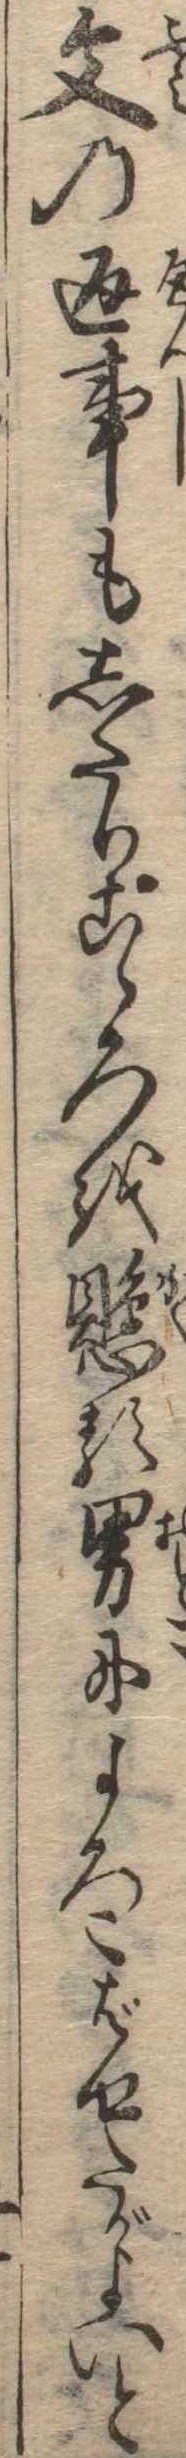
文の返事もしたりこゝろを懸る男によろこばせたがよいと